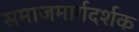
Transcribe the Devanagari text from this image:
समाजमार्गदर्शक